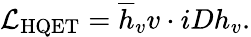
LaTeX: \mathcal{L}_{\mathrm{HQET}}=\overline{{{h}}}_{v}v\cdot iDh_{v}.